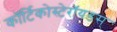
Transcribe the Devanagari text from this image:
कॉर्टिकोस्टेरॉयडस्